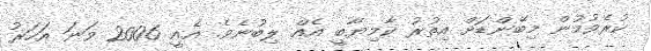
ކުރެވުމުން މިބޭންޑަށް އިތުރު ކާމިޔާބީ އެއް ލިބުނެވެ. އެއީ 2006 ވަނަ އަހަރު